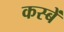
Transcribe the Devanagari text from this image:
कस्‍बें